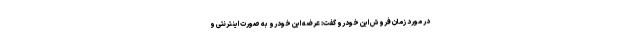
در مورد زمان فروش این خودرو گفت: عرضه این خودرو به صورت اینترنتی و